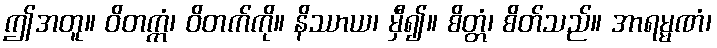
ဤအတူ။ ဝိတက္ကံ၊ ဝိတက်ကို။ နိဿာယ၊ မှီ၍။ စိတ္တံ၊ စိတ်သည်။ အာရမ္မဏံ၊